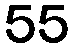
55